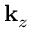
\mathbf { k } _ { z }